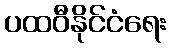
ပထဝီနိုင်ငံရေး